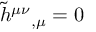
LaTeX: { \tilde { h } } ^ { \mu \nu } { } _ { , \mu } = 0